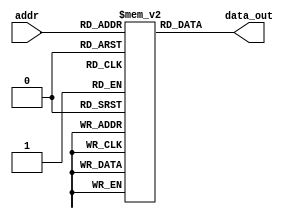
`timescale 1ns / 1ps
//////////////////////////////////////////////////////////////////////////////////
// Company: 
// Engineer: 
// 
// Design Name: 
// Module Name: InstMem_h
// Project Name: 
// Target Devices: 
// Tool Versions: 
// Description: 
// 
// Dependencies: 
// 
// Revision:
// Revision 0.01 - File Created
// Additional Comments:
// 
//////////////////////////////////////////////////////////////////////////////////


module InstMem_h (input [5:0] addr, output [31:0] data_out);
 reg [31:0] mem [0:63];
 initial begin
  mem[0]=32'b00000000000000000010100100000011;
  mem[1]=32'b00000000010000000010010010000011;
  mem[2]=32'b00000000100000000010100110000011;
  mem[3]=32'b00000001001101001000010010110011;
  mem[4]=32'b00000001001001001000010001100011;
  mem[5]=32'b11111110000000000000110011100011;
 end
 assign data_out = mem[addr];
endmodule